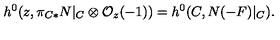
h ^ { 0 } ( z , \pi _ { C * } N | _ { C } \otimes { \cal O } _ { z } ( - 1 ) ) = h ^ { 0 } ( C , N ( - F ) | _ { C } ) .